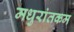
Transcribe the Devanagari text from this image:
मधुरांतकम